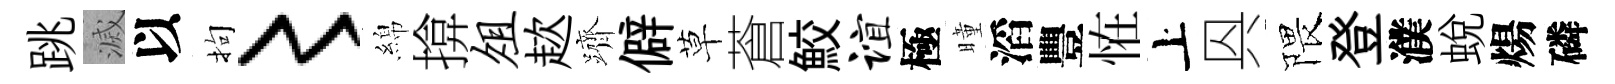
跳滅以拘〻綿揜俎趑躋僻草蒼鮫谊極曈滔豐恠上㒷隈登濮蜕煬磷